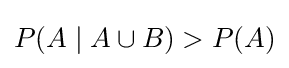
P(A\mid A\cup B)>P(A)